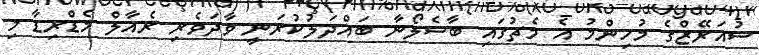
ސުއަރޭޒްގެ މުހިންމު އެ މެޗުގައި ބާސެލޯނާ ބައްދަލުކުރަނީ ވާދަވެރި ރެއާލް މެޑްރިޑާ މި